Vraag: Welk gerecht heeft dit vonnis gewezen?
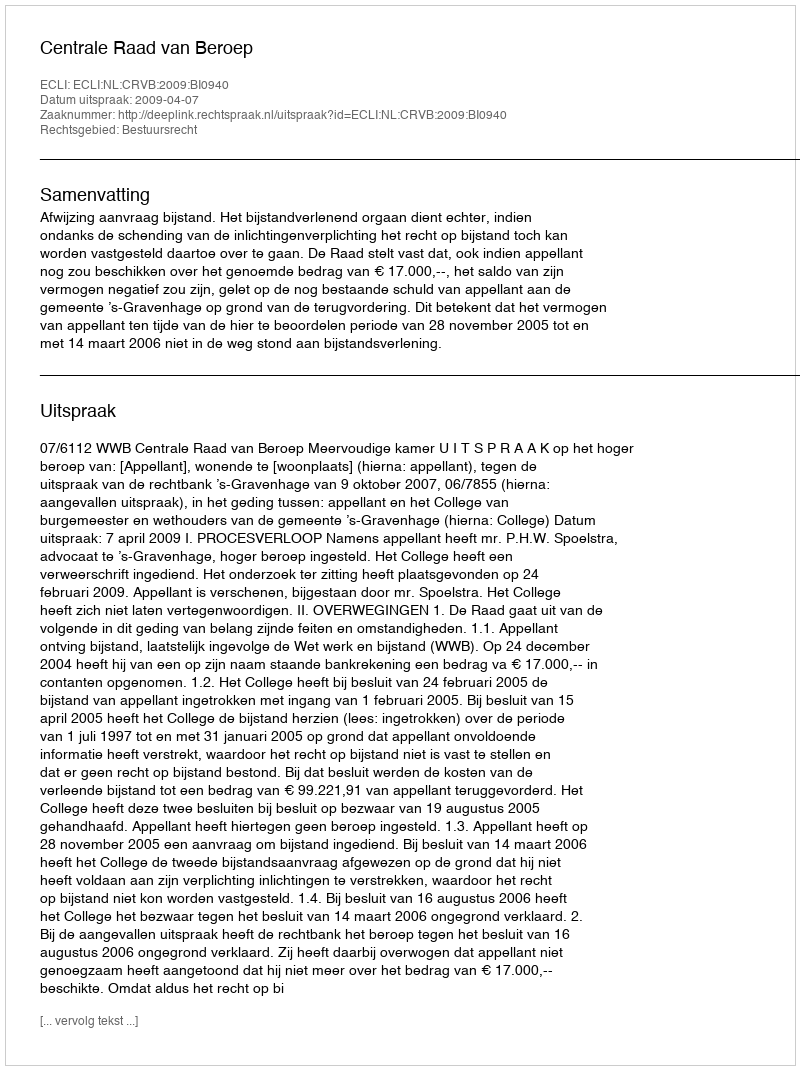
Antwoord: Centrale Raad van Beroep